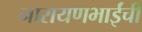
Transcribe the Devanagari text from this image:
नारायणभाईंची